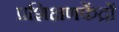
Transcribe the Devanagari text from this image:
प्रशिक्षणकेंद्रों